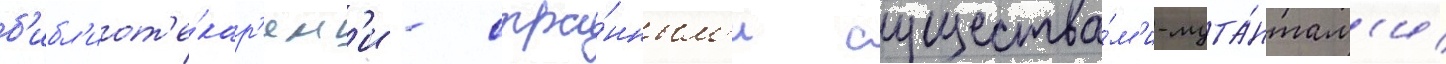
б'ибл'иот'е́кар'ям'и - стра́нным'и существа́м'и-мута́нтам'и